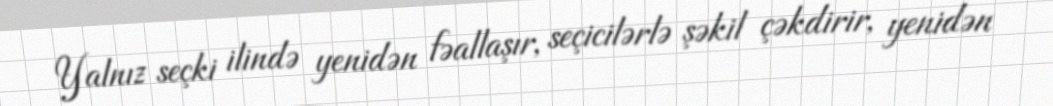
Yalnız seçki ilində yenidən fəallaşır, seçicilərlə şəkil çəkdirir, yenidən